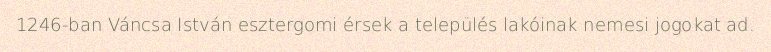
1246-ban Váncsa István esztergomi érsek a település lakóinak nemesi jogokat ad.